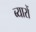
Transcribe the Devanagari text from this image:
ब्यारों